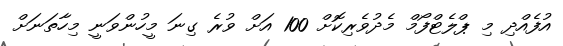
އުފެއްދި މި ޕްލެޓްފޯމް މެދުވެރިކޮށް 100 އަށް ވުރެ ގިނަ މީހުންވަނީ މިހާތަނަށް